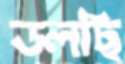
ডলছি